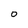
Character: 0